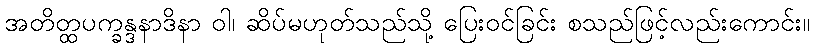
အတိတ္ထပက္ခန္ဒနာဒိနာ ဝါ၊ ဆိပ်မဟုတ်သည်သို့ ပြေးဝင်ခြင်း စသည်ဖြင့်လည်းကောင်း။